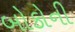
બોકોની